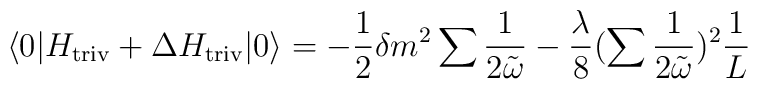
\langle0|H_{\rm triv}+\Delta H_{\rm triv}|0\rangle=-\frac{1}{2}\delta m^{2}\sum\frac{1}{2\tilde{\omega}}-\frac{\lambda}{8}(\sum\frac{1}{2\tilde{\omega}})^{2}\frac{1}{L}